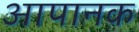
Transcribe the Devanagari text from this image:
आपानक